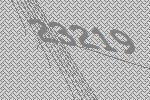
23219